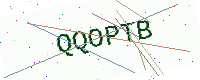
Text: QQOPTB